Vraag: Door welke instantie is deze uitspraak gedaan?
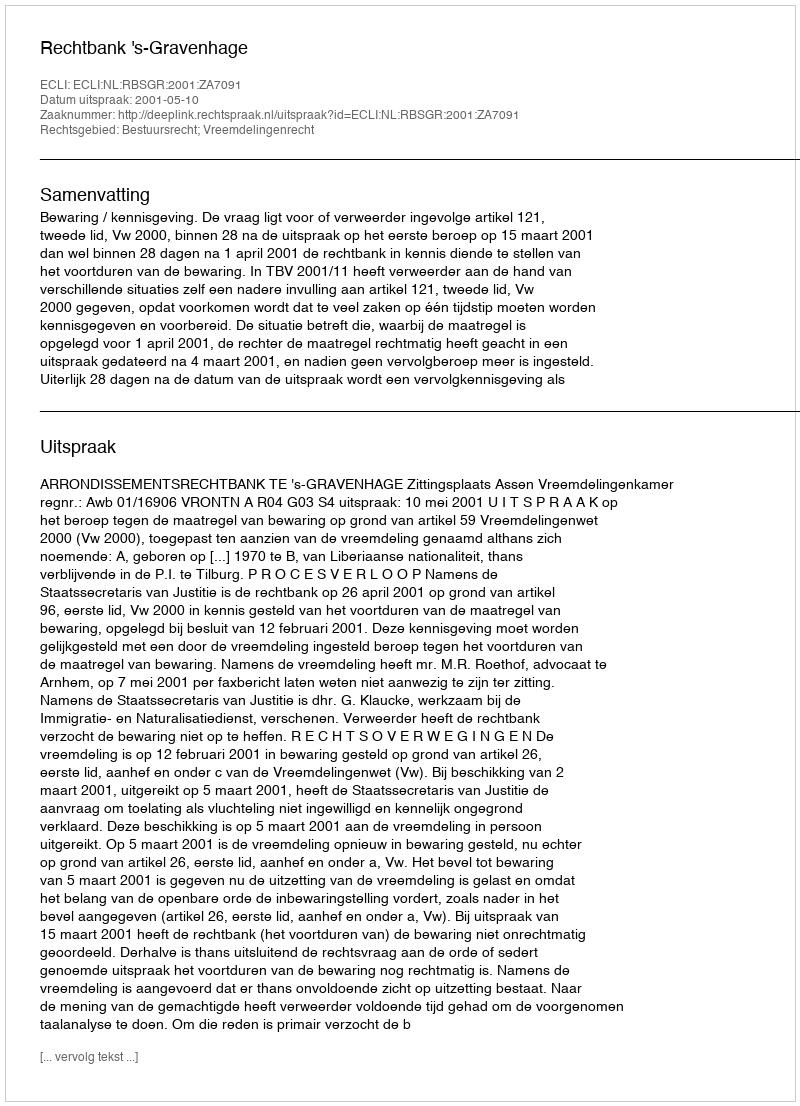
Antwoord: Rechtbank 's-Gravenhage